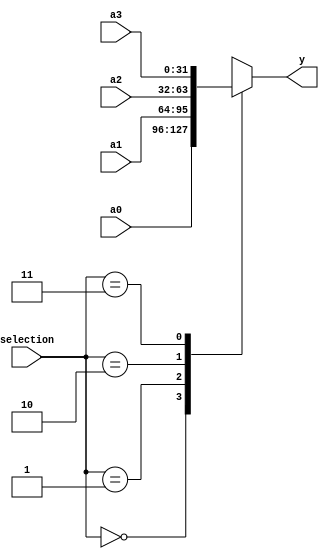
//////////////////////////////////////////////////////////////////////////////////
// Module Name: Multiplexer 4-to-1 (32-Bit)
// Revision:
// 11.06.2020 -> Revision 0.01 - Created    (Verificated)
//////////////////////////////////////////////////////////////////////////////////

`timescale 1ns / 1ps

module mux4to1_32bit(	input [31:0] a0, a1, a2, a3,
						input [1:0] selection,
						output reg [31:0] y);
                
    always@(selection or a0 or a1 or a2 or a3) begin
        case(selection)
            2'b00: y = a0;
            2'b01: y = a1;
            2'b10: y = a2;
            2'b11: y = a3;
        endcase
    end
    
endmodule